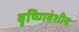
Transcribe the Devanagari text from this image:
वृष्णिवंशीय